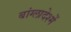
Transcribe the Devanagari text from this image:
बांग्लादेश्में